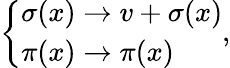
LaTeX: \left\{ \begin{array}{ll}{{\sigma(x)\rightarrow v+\sigma(x)}}\\ {{\pi(x)\rightarrow\pi(x)}}\end{array}\right.,